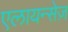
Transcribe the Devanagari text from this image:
एलायन्सेज़